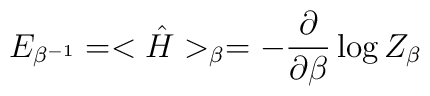
E_{\beta ^{-1}}=<{\hat H}>_{\beta}=-{\partial \over \partial \beta}\log Z_{\beta}